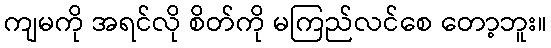
ကျမကို အရင်လို စိတ်ကို မကြည်လင်စေ တော့ဘူး။